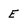
Character: E